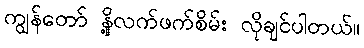
ကျွန်တော် နို့လက်ဖက်စိမ်း လိုချင်ပါတယ်။